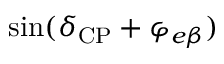
\sin ( \delta _ { \mathrm { C P } } + \varphi _ { e \beta } )